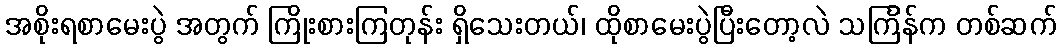
အစိုးရစာမေးပွဲ အတွက် ကြိုးစားကြတုန်း ရှိသေးတယ်၊ ထိုစာမေးပွဲပြီးတော့လဲ သင်္ကြန်က တစ်ဆက်